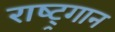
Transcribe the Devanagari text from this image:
राष्ट्र्गान